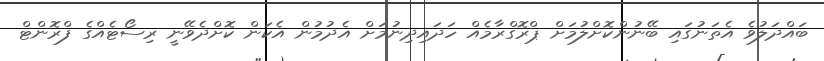
ބައްދަލުވެ އެތަނުގައި ބޭނުންކޮށްލުމަށް ޕްރޮގްރާމެއް ހަދައިދިނުމަށް އެދުމުން އެކަން ކޮށްދެވޭނީ ރިސޯޓެއްގެ ފްރޮންޓް